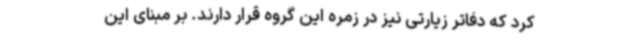
کرد که دفاتر زیارتی نیز در زمره این گروه قرار دارند. بر مبنای این